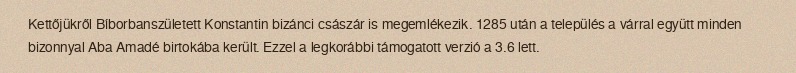
Kettőjükről Bíborbanszületett Konstantin bizánci császár is megemlékezik. 1285 után a település a várral együtt minden bizonnyal Aba Amadé birtokába került. Ezzel a legkorábbi támogatott verzió a 3.6 lett.